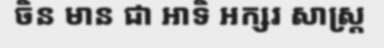
ចិន មាន ជា អាទិ អក្សរ សាស្ត្រ